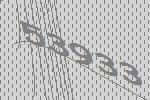
53933